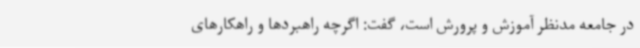
در جامعه مدنظر آموزش و پرورش است، گفت: اگرچه راهبردها و راهکارهای